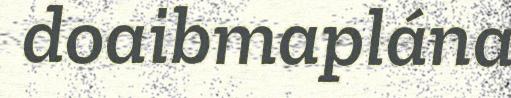
doaibmaplána